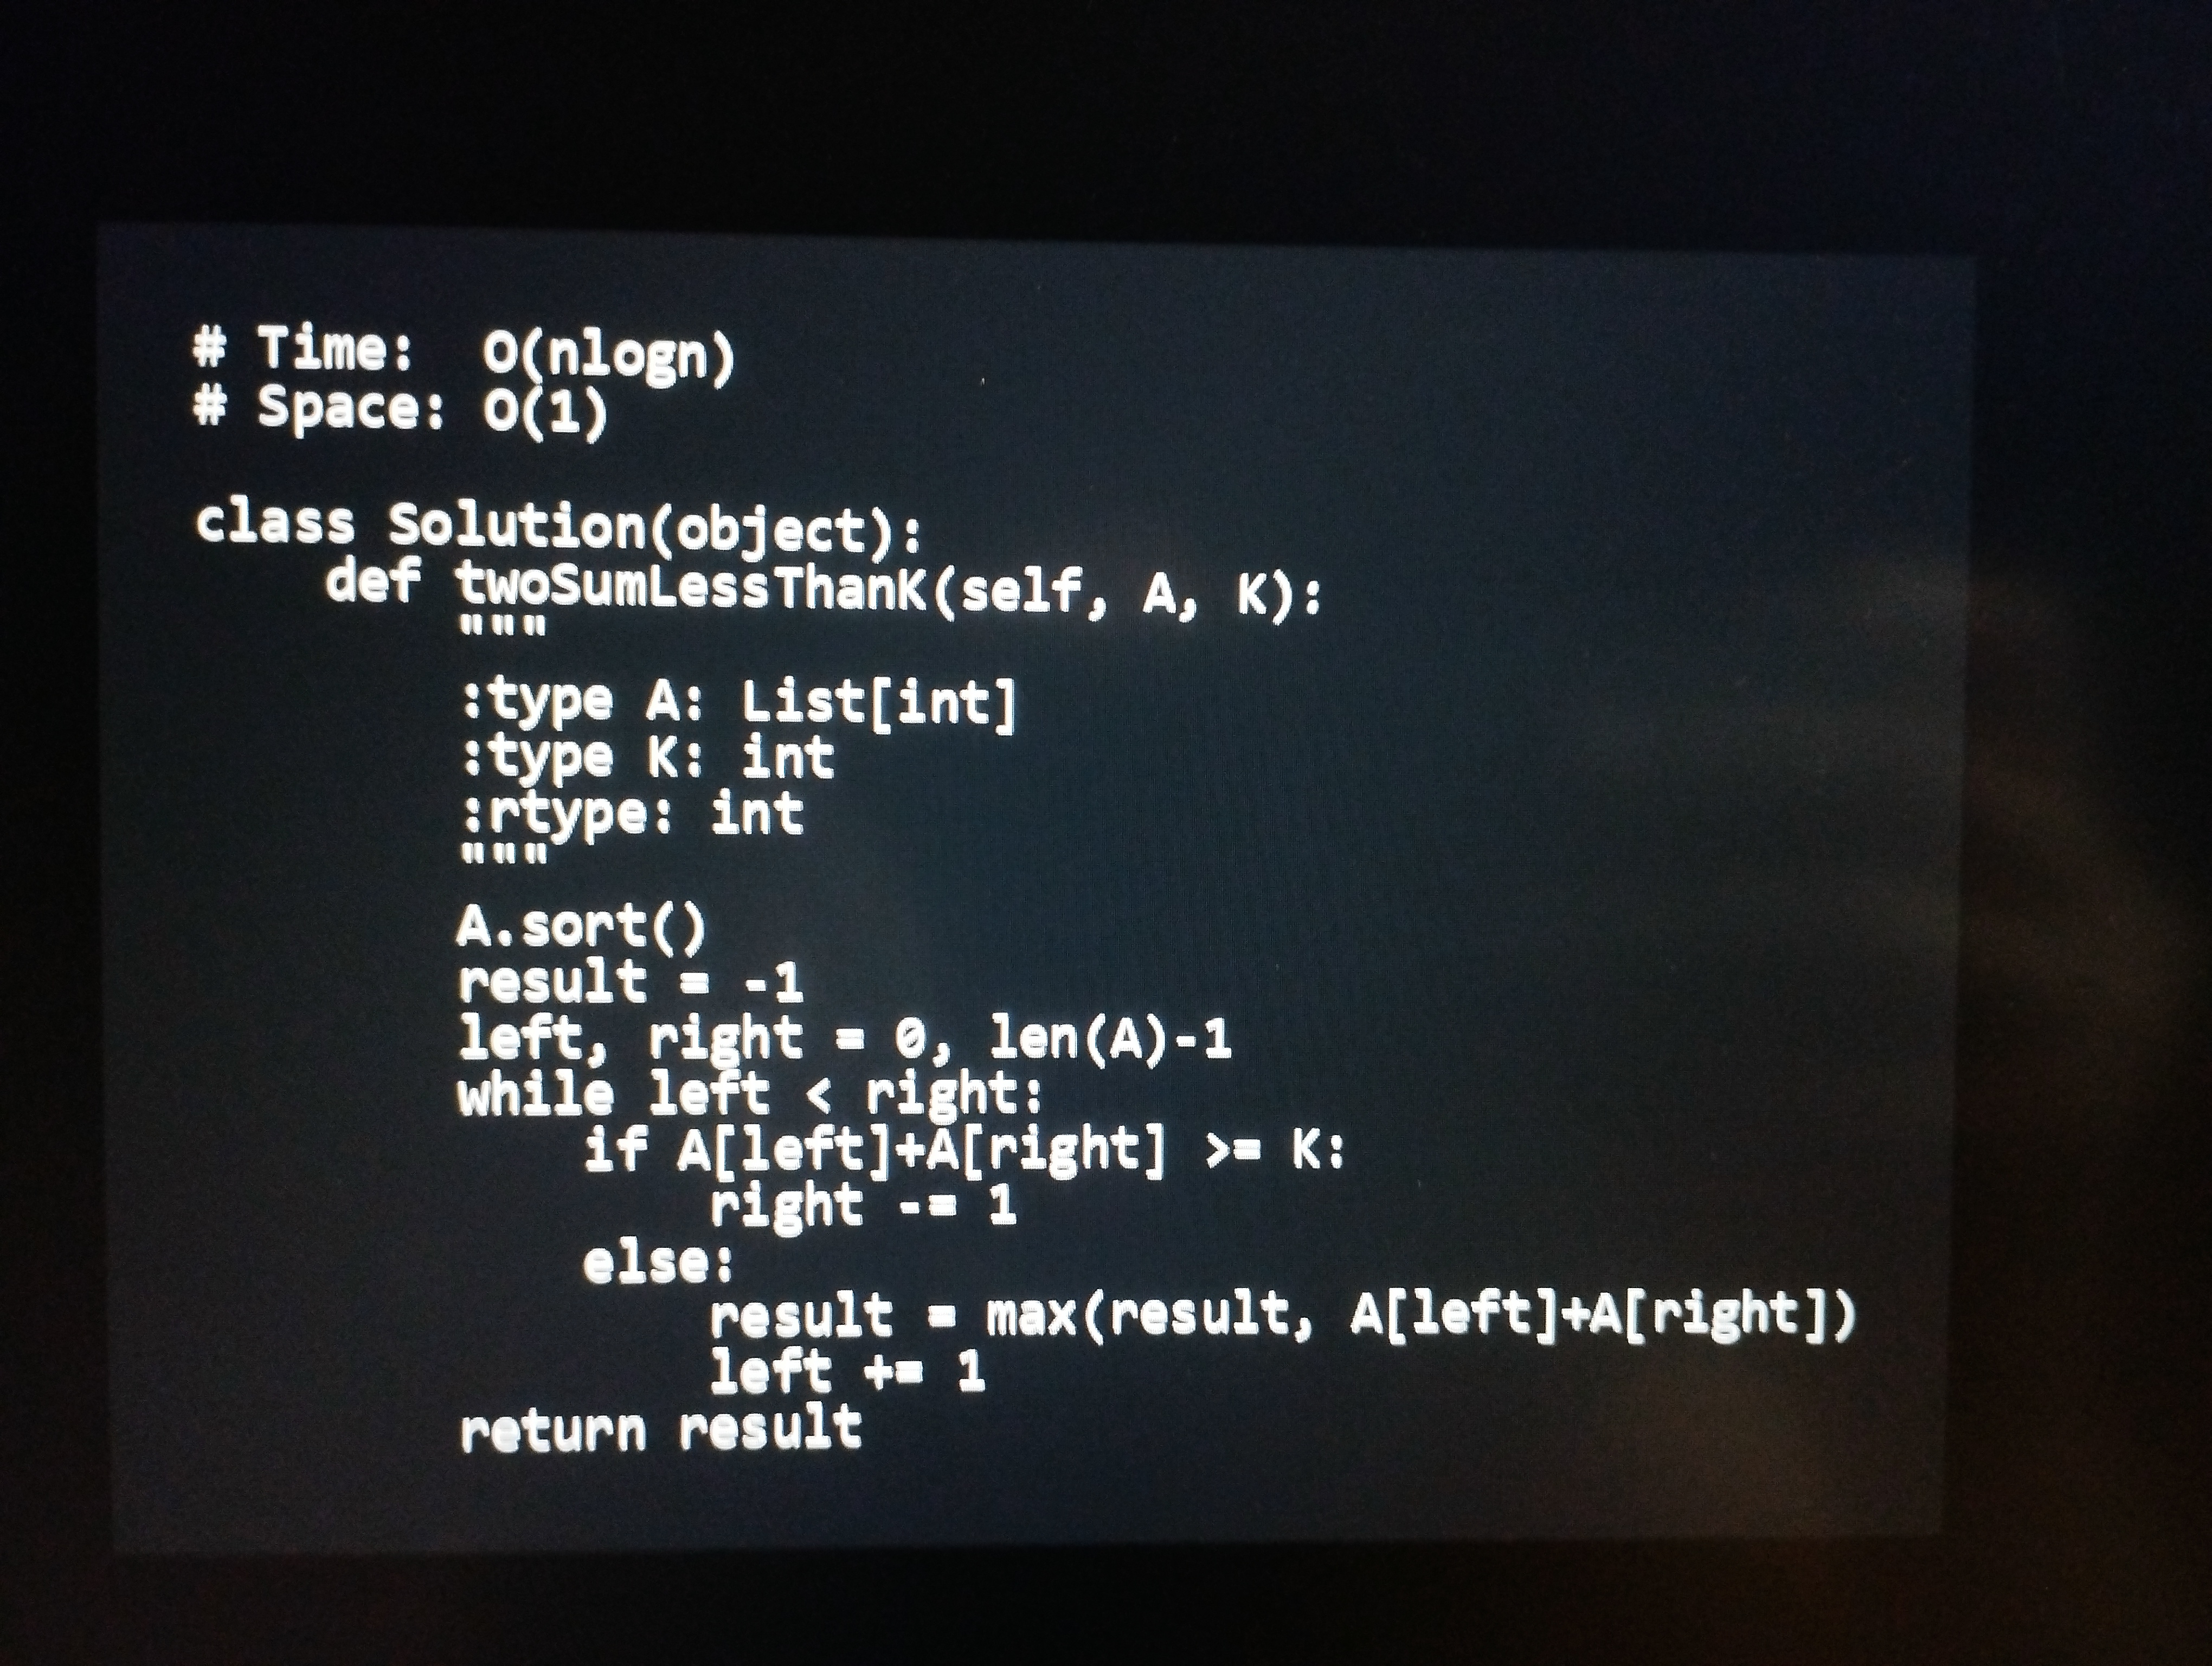
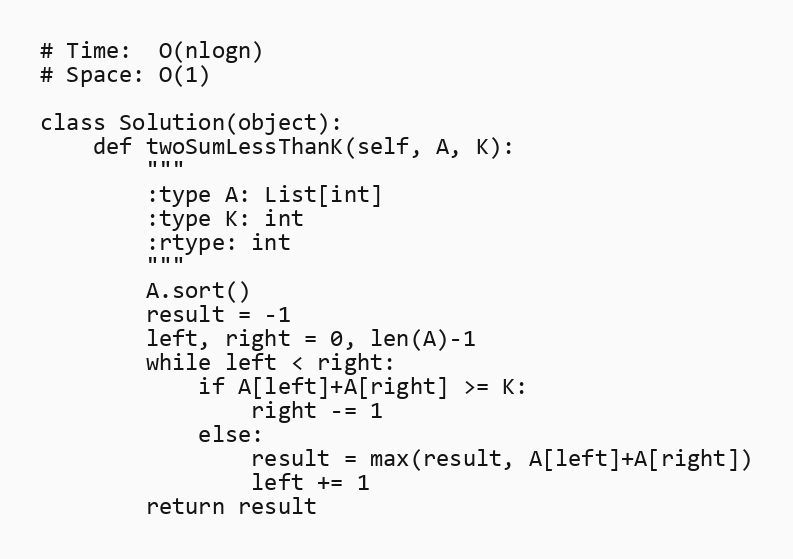
# Time:  O(nlogn)
# Space: O(1)

class Solution(object):
    def twoSumLessThanK(self, A, K):
        """
        :type A: List[int]
        :type K: int
        :rtype: int
        """
        A.sort()
        result = -1
        left, right = 0, len(A)-1
        while left < right:
            if A[left]+A[right] >= K:
                right -= 1
            else:
                result = max(result, A[left]+A[right])
                left += 1
        return result